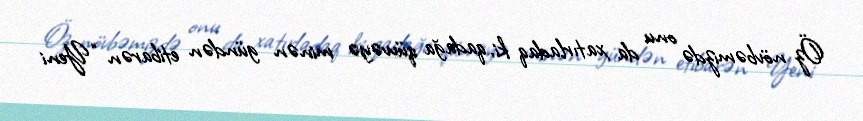
Öz növbəmizdə onu da xatırladaq ki, qadağa qüvvəyə minən gündən etibarən “Yeni